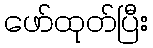
ဖော်ထုတ်ပြီး